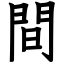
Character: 間